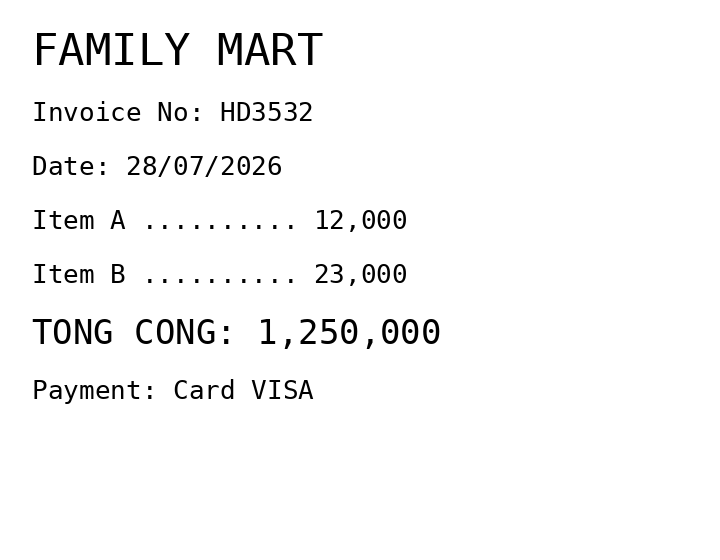
FAMILY MART
Invoice No: HD3532
Date: 28/07/2026
Item A .......... 12,000
Item B .......... 23,000
TONG CONG: 1,250,000
Payment: Card VISA
Merchant: family mart
Date: 2026-07-28
Total: 1250000
Invoice No: HD3532
Payment method: CARD